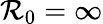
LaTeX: \mathcal{R}_{0}=\infty